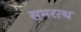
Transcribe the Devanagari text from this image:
समरत्थ